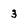
Character: 3